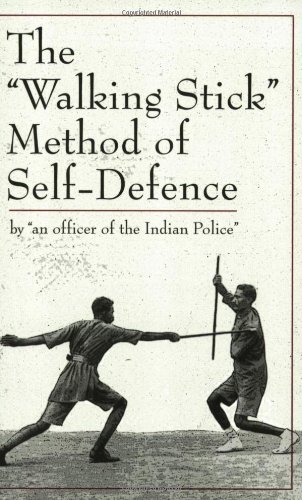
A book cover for The Walking Stick Method Of Self-defence; Anonymous; Crafts, Hobbies & Home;